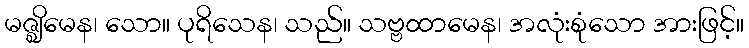
မဇ္ဈိမေန၊ သော။ ပုရိသေန၊ သည်။ သဗ္ဗထာမေန၊ အလုံးစုံသော အားဖြင့်။